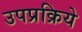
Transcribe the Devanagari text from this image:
उपप्रक्रिये